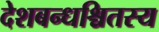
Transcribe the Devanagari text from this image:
देशबन्धश्चितस्य